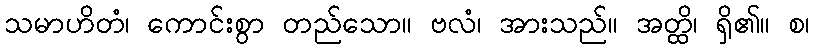
သမာဟိတံ၊ ကောင်းစွာ တည်သော။ ဗလံ၊ အားသည်။ အတ္ထိ၊ ရှိ၏။ စ၊